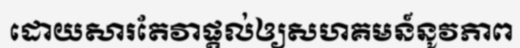
ដោយសារតែវាផ្តល់ឲ្យសហគមន៍នូវភាព